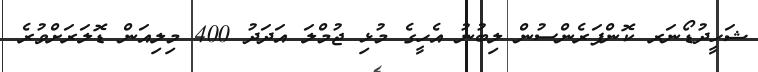
ޝަހީދުޑޯނަރ ކޮންފަރެންސުން ލިބުނު އެހީގެ މުޅި ޖުމްލަ އަދަދު 400 މިލިއަން ޑޮލަރަށްވުރެ